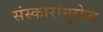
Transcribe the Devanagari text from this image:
संस्कारांमुळेच